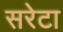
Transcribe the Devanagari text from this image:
सरेटा